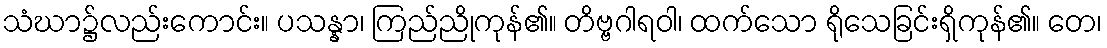
သံဃာ၌လည်းကောင်း။ ပသန္နာ၊ ကြည်ညိုကုန်၏။ တိဗ္ဗဂါရဝါ၊ ထက်သော ရိုသေခြင်းရှိကုန်၏။ တေ၊